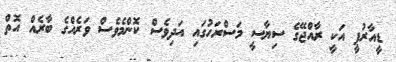
ޑީއާރުޕީ އަކީ ރާއްޖޭގެ ސިޔާސީ މަސްރަހުގައި އަދިވެސް ކޮންމެވެސް ވަރެއްގެ ބާރެއް އޮތް